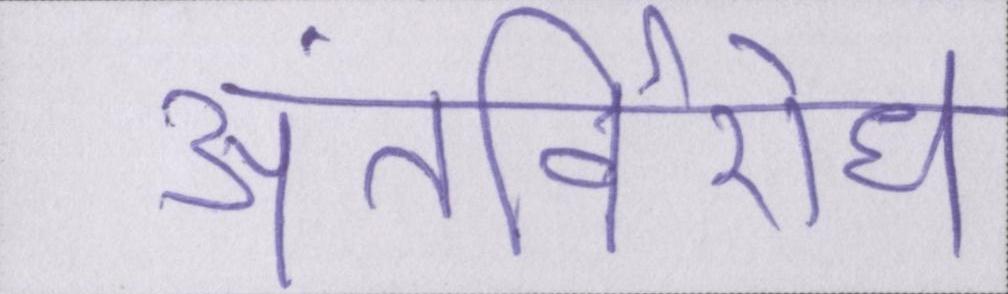
अंतर्विरोध